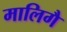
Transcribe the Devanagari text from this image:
मालिगै